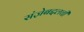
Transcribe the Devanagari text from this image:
संज्ञेबद्दलची